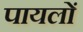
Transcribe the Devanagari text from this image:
पायलों